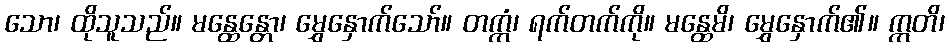
သော၊ ထိုသူသည်။ မန္ထေန္တော၊ မွှေနှောက်သော်။ တက္ကံ၊ ရက်တက်ကို။ မန္ထေမိ၊ မွှေနှောက်၏။ ဣတိ၊